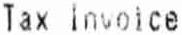
TAX INVOICE